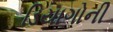
ડિયાગોની